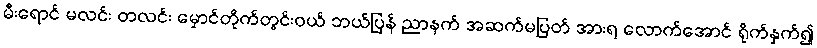
မီးရောင် မလင်း တလင်း မှောင်တိုက်တွင်းဝယ် ဘယ်ပြန် ညာနက် အဆက်မပြတ် အားရ လောက်အောင် ရိုက်နှက်၍